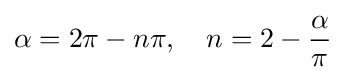
\alpha =2\pi -n\pi ,\quad n=2-{\frac {\alpha }{\pi }}